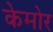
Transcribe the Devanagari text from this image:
केमोर